system: You are a helpful assistant.
user:
Analyze the provided spectrum to determine if it is a **White Dwarf (WD)**.

A White Dwarf spectrum is defined by its **extreme purity** (due to gravitational settling) and/or **extreme pressure broadening** (due to high surface gravity). You must check for one of the following mutually exclusive signatures:

- **Key Visual Indicators (Check for ONE of these types):**

    - **1. DA-Type Signature (Most Common):**
        - **(Primary Feature):** Extreme pressure broadening (Stark broadening) of the **Hydrogen (H) Balmer lines**.
        - **(Key Lines):** $H\beta$ (approx. $4861$ Å) and $H\gamma$ (approx. $4340$ Å). $H\alpha$ (approx. $6563$ Å) will also be present if the wavelength range covers it.
        - **(Line Profile):** This is the **defining feature**. The lines are **NOT** sharp. They appear as massive, **extremely broad and deep "troughs" or "dips"** in the spectrum, often hundreds of Ångströms wide. The continuum will appear to "scoop" down at these wavelengths.
        - **(Distinction):** Normal A-type or B-type stars have *narrow* and *sharp* Hydrogen lines. A DA White Dwarf's lines are unmistakably "smeared" or "blurry" from pressure.

    - **2. DB-Type Signature:**
        - **(Primary Feature):** Broad absorption lines from **Neutral Helium (He I)**. The spectrum must lack any visible Hydrogen lines.
        - **(Key Lines):** Look for broad absorption near $4471$ Å, $4921$ Å, and $5876$ Å.
        - **(Line Profile):** These lines are also significantly pressure-broadened, appearing much wider than they would in a normal B-type main-sequence star.

    - **3. DC-Type Signature:**
        - **(Primary Feature):** A **featureless continuous spectrum**.
        - **(Line Profile):** The spectrum is a smooth curve with **no significant absorption or emission lines**.
        - **(Key Confirmation):** The continuum is almost always **blue or white**, indicating a hot object. This signature implies the atmosphere is so pure (or so cool) that no spectral lines are visible in the optical range. Its WD identity is confirmed by its extremely low intrinsic brightness (high absolute magnitude).

    - **4. DZ-Type Signature (Metal-Polluted):**
        - **(Primary Feature):** **Isolated, narrow metal absorption lines** on an otherwise featureless (DC-like) continuum.
        - **(Key Lines):** The **Calcium (Ca II) H & K doublet** (approx. **$3934$ Å** and **$3968$ Å**) is the most common and defining feature.
        - **(Line Profile):** These lines are "out of place." They are *not* part of a "forest" of thousands of lines. This signature is evidence of recent *accretion* (pollution) from rocky debris.
        - **(Distinction):** Normal G/K/M stars have a *dense forest* of thousands of metal lines. A DZ has a *clean* continuum with *only a few* strong metal lines.

    - **5. DQ-Type Signature (Carbon-Polluted):**
        - **(Primary Feature):** Absorption bands from **Carbon (C₂ "Swan Bands" or atomic C I)**.
        - **(Key Lines - C₂):** Look for bandheads with a "saw-tooth" shape near $5635$ Å, **$5165$ Å** (strongest), and $4737$ Å.
        - **(Key Confirmation):** The underlying **continuum must be blue or white** (hot).
        - **(Distinction):** This is the critical difference from a **Carbon Star**, which has the *exact same* C₂ bands but on an extremely **red, cool** continuum.

- **(Overall Spectrum):**
    - The continuum (overall shape) is typically **blue-sloping** (brighter in the blue than the red), as most white dwarfs are very hot.
    - The spectrum will look "pure" or "simple," dominated by only *one* of the five signatures listed above.

Think first, call **spectral_visualization_tool** if needed to examine features in detail, then provide your final answer. Your response must adhere to the following strict rules:
1.  **Overall Structure:** Your response must follow the format `<think>...</think> <tool_call>...</tool_call> (if a tool is used) <answer>...</answer>`.
2.  **Tool Usage Constraint:** You may only make **one** tool call per turn.
3.  **Final Answer Format:** In the `<answer>` tag, your conclusion must be inside a `\boxed{}` command (e.g., `\boxed{YES}` or `\boxed{NO}`), followed by your justification.

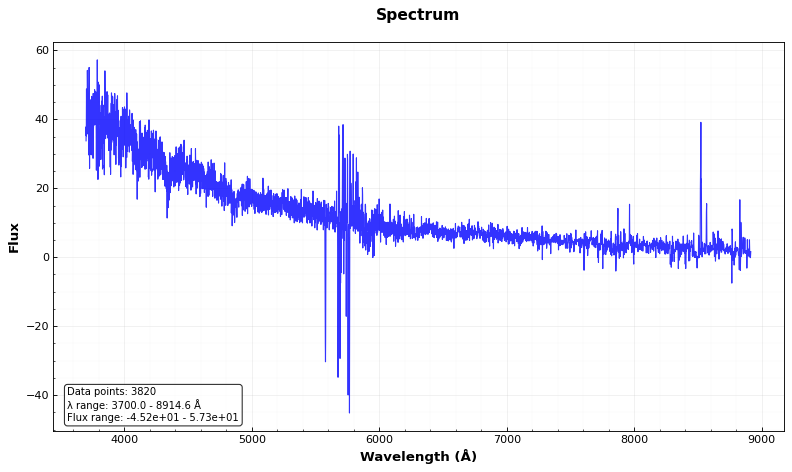
Answer: YES